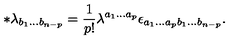
\ast \lambda _ { b _ { 1 } . . . b _ { n - p } } = \frac 1 { p ! } \lambda ^ { a _ { 1 } . . . a _ { p } } \epsilon _ { a _ { 1 } . . . a _ { p } b _ { 1 } . . . b _ { n - p } } .